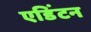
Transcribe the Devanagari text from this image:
एडिंटन